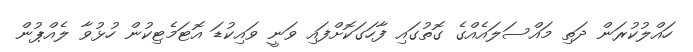
ހައްލުކުރަން ދަތި މައްސަލައެއްގެ ގޮތުގައި ފާހަގަކޮށްފައި ވަނީ ވައިކުޑަ އޮޓަމެޓިކުން ހުޅުވާ ލެއްޕުން